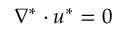
\nabla ^ { * } \cdot \boldsymbol u ^ { * } = 0